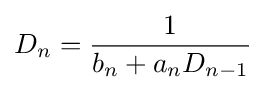
{D}_{n}={\frac {1}{{b}_{n}+{a}_{n}{D}_{n-1}}}